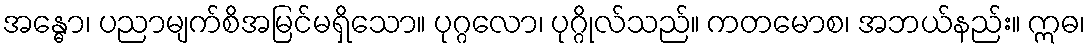
အန္ဓော၊ ပညာမျက်စိအမြင်မရှိသော။ ပုဂ္ဂလော၊ ပုဂ္ဂိုလ်သည်။ ကတမောစ၊ အဘယ်နည်း။ ဣဓ၊